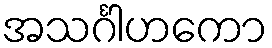
အသင်္ဂါဟကော